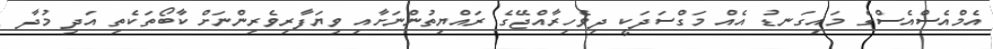
އެމްއެސްއެސްގެ މައިގަނޑު އެއް މަގްސަދަކީ ދިވެހިރާއްޖޭގެ ރައްޔިތުންނަށާއި ވިޔަފާރިވެރިންނަށް ކާބޯތަކެތި އަދި މުދާ